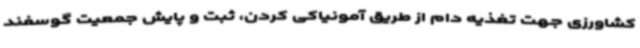
کشاورزی جهت تغذیه دام از طریق آمونیاکی کردن، ثبت و پایش جمعیت گوسفند